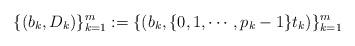
LaTeX: \begin{align*}\{(b_{k},D_{k})\}_{k=1}^{m}:=\{(b_{k}, \{0,1,\cdots, p_{k}-1\}t_{k}) \}_{k=1}^{m}\end{align*}